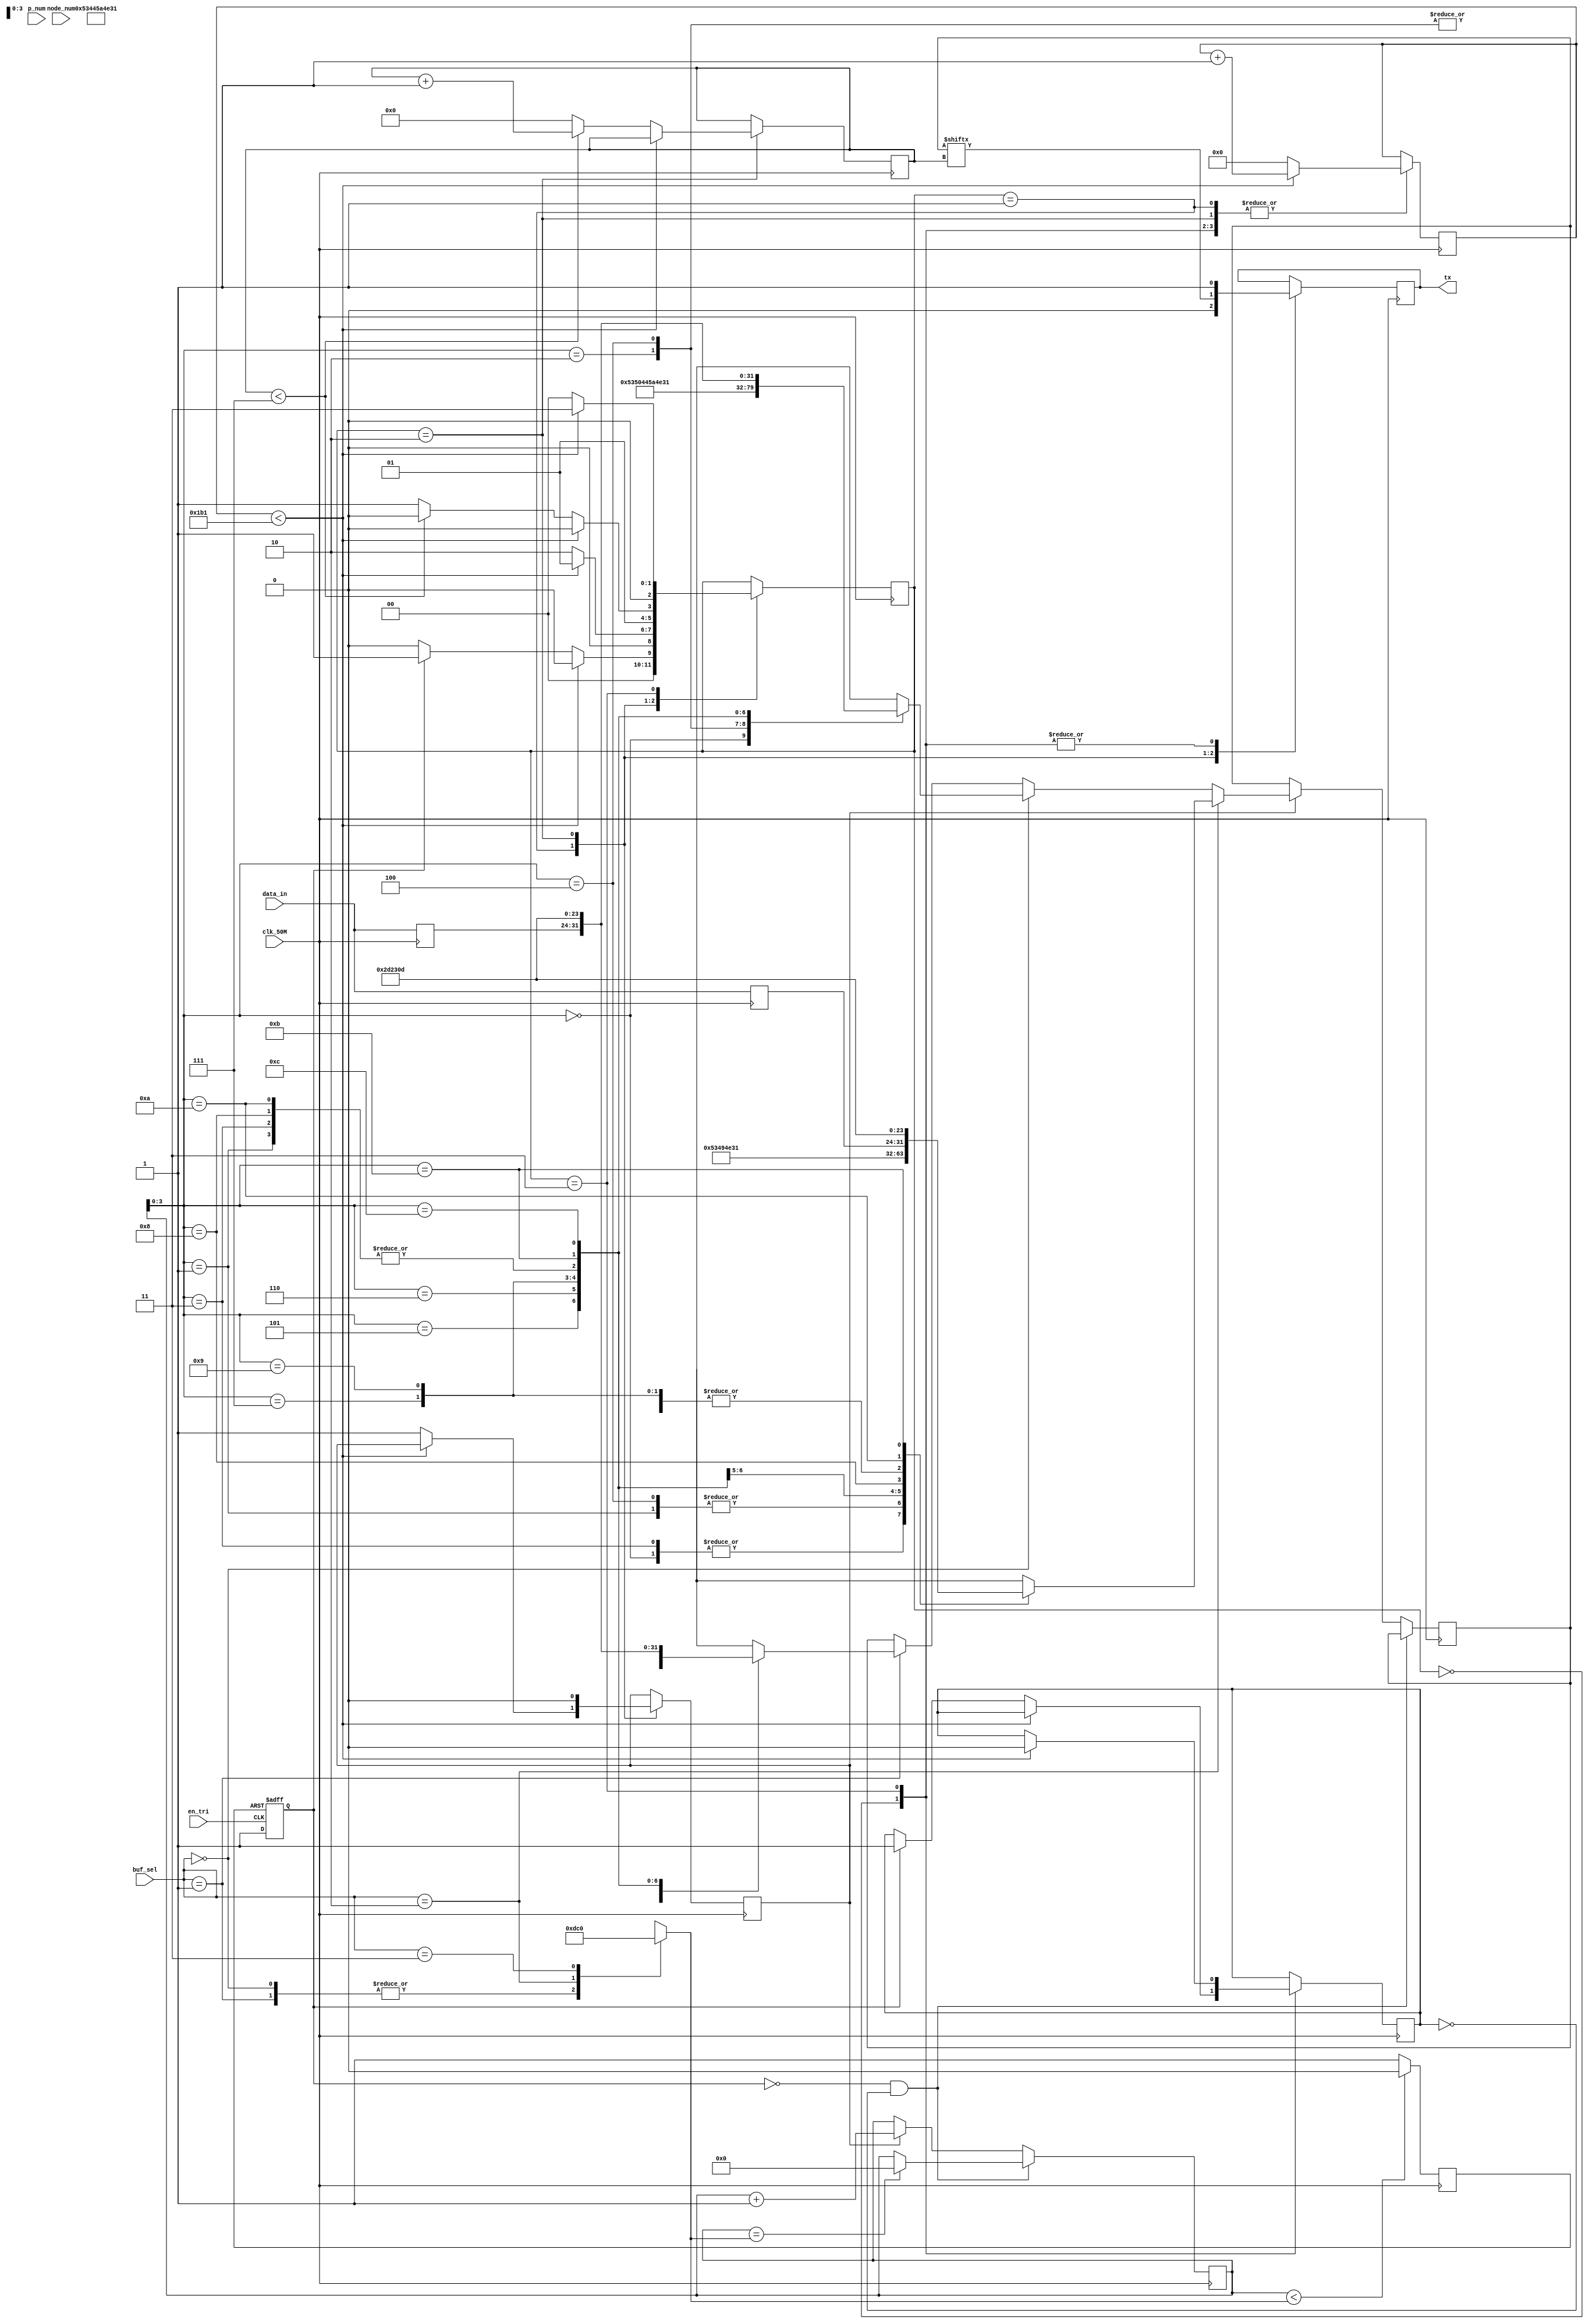
// SM : Task 2 B : UART
/*
Instructions
-------------------
Students are not allowed to make any changes in the Module declaration.
This file is used to design UART Transmitter.

Recommended Quartus Version : 19.1
The submitted project file must be 19.1 compatible as the evaluation will be done on Quartus Prime Lite 19.1.

Warning: The error due to compatibility will not be entertained.
-------------------
*/

//UART Transmitter design
//Input   : clk_50M : 50 MHz clock
//Output  : tx : UART transmit output

//////////////////DO NOT MAKE ANY CHANGES IN MODULE//////////////////
module SM1068_uart(
	input clk_50M,	//50 MHz clock
	output tx,	//UART transmit output
	input [7:0] data_in,
	input en_tri,
	input[1:0] buf_sel,
	input [3:0] node_num,
	input [1:0] p_num
	
);
////////////////////////WRITE YOUR CODE FROM HERE////////////////////
parameter IDLE=0,START=1,DATA=2,STOP=3;

parameter clocks_per_bit=434;
parameter data_size_in_bytes=4;

reg[13:0] clk_count;
reg[2:0] state;

reg[7:0] tx_data [11:0];
reg[7:0] pick_data [12:0];
reg[7:0] deposit_data [12:0];

reg en=0;
reg [16:0] uen_counter;
reg uen_rst=0;

reg [7:0] data;
reg [3:0] len;





always@(posedge clk_50M) begin
tx_data[8]<=data_in;
pick_data[9]<=data_in;
deposit_data[9]<=data_in;

end

reg[3:0] i;

reg tx_flag;

reg tx_act;
reg tx_inact;

reg tx_line;

reg [4:0]buf_cnt;

initial begin
tx_act=0;
tx_inact=0;
state=IDLE;
clk_count=0;

uen_counter=0;

tx_data[0]=83;
tx_data[1]=73;
tx_data[2]=45;
tx_data[3]=83;
tx_data[4]=73;
tx_data[5]=78;
tx_data[6]=49;
tx_data[7]=45;
tx_data[8]=68;
tx_data[9]=45;
tx_data[10]=35;
tx_data[11]=13;

pick_data[0]=83;
pick_data[1]=45;
pick_data[2]=80;
pick_data[3]=45;
pick_data[4]=68;
pick_data[5]=90;
pick_data[6]=78;
pick_data[7]=49;
pick_data[8]=45;
pick_data[9]=78;
pick_data[10]=45;
pick_data[11]=35;
pick_data[12]=13;

deposit_data[0]=83;
deposit_data[1]=45;
deposit_data[2]=68;
deposit_data[3]=45;
deposit_data[4]=68;
deposit_data[5]=90;
deposit_data[6]=78;
deposit_data[7]=49;
deposit_data[8]=45;
deposit_data[9]=78;
deposit_data[10]=45;
deposit_data[11]=35;
deposit_data[12]=13;

i=0;
tx_flag=0;
tx_line=1;
end


always@(*) begin
	case(buf_sel)
				0:begin
						len<=13;
					end
				1: begin
						len<=13;
					end
				2: begin
						len<=12;
					end
				3:begin
						len<=0;
					end
			endcase
end

always@(posedge clk_50M) begin
		uen_rst<=(buf_cnt < len)?0:1;
		end

always@(posedge en_tri or posedge uen_rst) begin
		if(uen_rst) begin
				en<=0;
				end
		else begin
				en<=1;
				end
end

always @(posedge clk_50M) begin
	if(~en &(~tx_act))begin
				if(buf_cnt==len) begin
					buf_cnt<=0;
					end
			end
	else if(tx_flag==1) begin			
				
				if(buf_sel==2'b10) begin
						data<=tx_data[buf_cnt];
					end
				else if(buf_sel==2'b00) begin
						data<=pick_data[buf_cnt];
					end
				else if(buf_sel==2'b01) begin
						data<=deposit_data[buf_cnt];
					end
		buf_cnt<=buf_cnt+1;
		end
	else begin
		data<=data;
		buf_cnt<=buf_cnt;
		end
end


always@(posedge clk_50M) begin

    case (state)
			IDLE:begin
				  tx_line<=1;
				  if(clk_count<clocks_per_bit-1) begin
					  		clk_count<=clk_count+1;
							state<=IDLE;
							
						  	end
				  else if(en) begin
				         state<=START;
							clk_count<=0;
							tx_act<=1;
							tx_inact<=0;
							end
				  else begin
							state<=IDLE;
					 		clk_count<=0;
					   	end
				  end
			START:begin
					tx_line<=0;
					if(clk_count<clocks_per_bit-1) begin
							clk_count<=clk_count+1;
							state<=START;
							end
					else begin
							state<=DATA;
							tx_flag<=1;
							clk_count<=0;
						   end
					end
			DATA:begin
					tx_flag<=0;
					tx_line<=data[i];
				  if(clk_count<clocks_per_bit-1) begin
							clk_count<=clk_count+1;
							state<=DATA;
							end
				  else begin 
						clk_count<=0;
						if(i<7) begin
						   i<=i+1;
							state<=DATA;
							
							end
						else begin
							i<=0;
							//data_count<=data_count+1;
							state<=STOP;
							
							
								end
						end
					
				  end
			STOP:begin
				  tx_line<=1;
				  
				  if(clk_count<clocks_per_bit-1) begin
					  		clk_count<=clk_count+1;
							state<=STOP;
							tx_act<=0;
							tx_inact<=1;
						  	end
				  else begin
							
							state<=IDLE;
							clk_count<=0;
							end
				  end
	 endcase

end

assign tx=tx_line;

////////////////////////YOUR CODE ENDS HERE//////////////////////////
endmodule
///////////////////////////////MODULE ENDS///////////////////////////